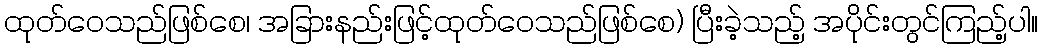
ထုတ်ဝေသည်ဖြစ်စေ၊ အခြားနည်းဖြင့်ထုတ်ဝေသည်ဖြစ်စေ) ပြီးခဲ့သည့် အပိုင်းတွင်ကြည့်ပါ။